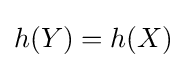
h(Y)=h(X)